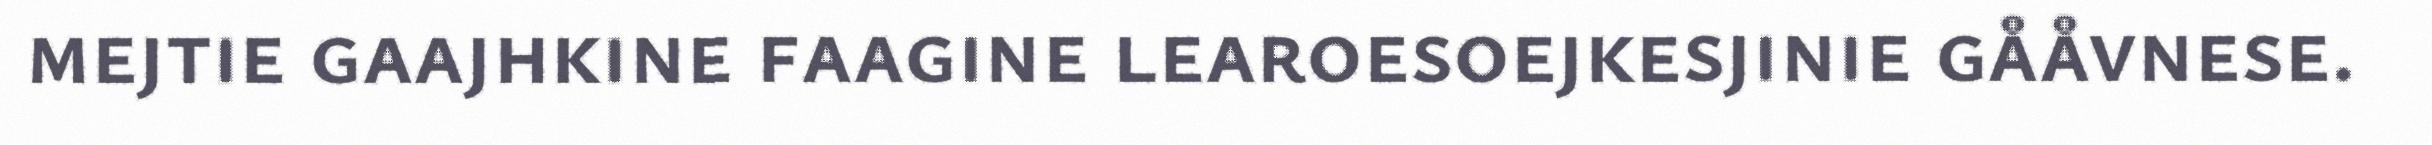
mejtie gaajhkine faagine learoesoejkesjinie gååvnese.